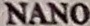
NANO